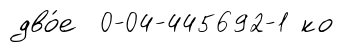
дво́е 0-04-445692-1 ко